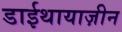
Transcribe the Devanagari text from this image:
डाईथायाज़ीन